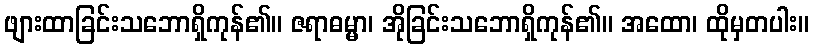
ဖျားထာခြင်းသဘောရှိကုန်၏။ ဇရာဓမ္မာ၊ အိုခြင်းသဘောရှိကုန်၏။ အထော၊ ထိုမှတပါး။